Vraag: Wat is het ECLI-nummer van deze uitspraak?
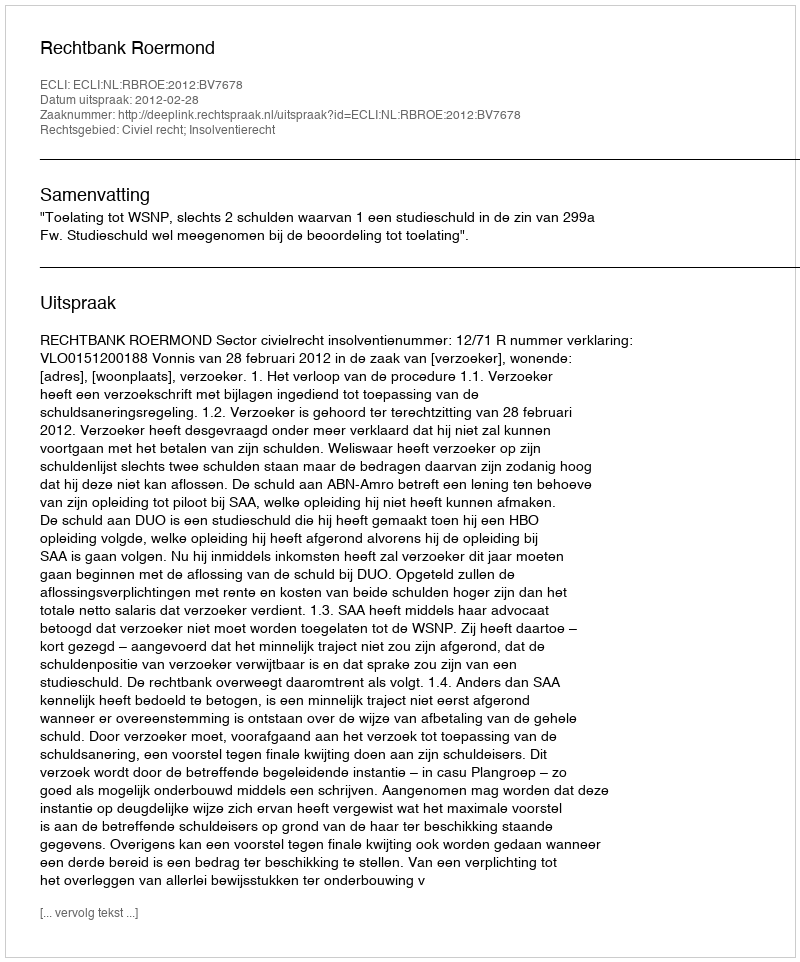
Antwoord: ECLI:NL:RBROE:2012:BV7678